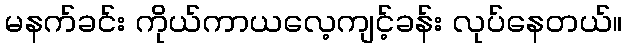
မနက်ခင်း ကိုယ်ကာယလေ့ကျင့်ခန်း လုပ်နေတယ်။